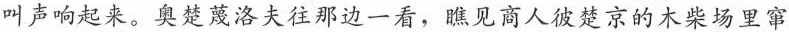
叫声响起来。奥楚蔑洛夫往那边一看，瞧见商人彼楚京的木柴场里窜